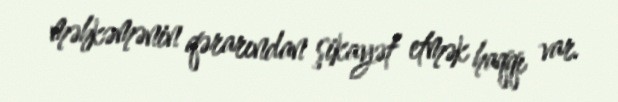
məhkəmənin qərarından şikayət etmək haqqı var.